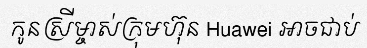
កូនស្រីម្ចាស់ក្រុមហ៊ុន Huawei អាចជាប់